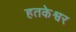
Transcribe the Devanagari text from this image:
हतकेश्वर